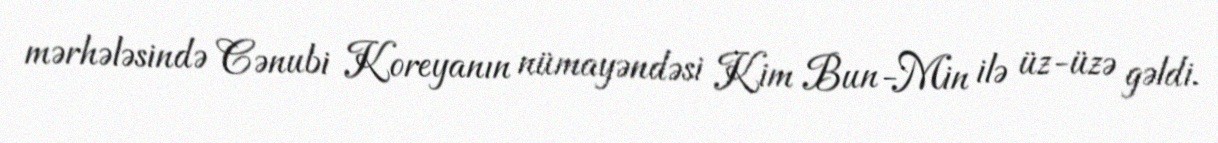
mərhələsində Cənubi Koreyanın nümayəndəsi Kim Bun-Min ilə üz-üzə gəldi.